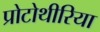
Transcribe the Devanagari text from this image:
प्रोटोथीरिया